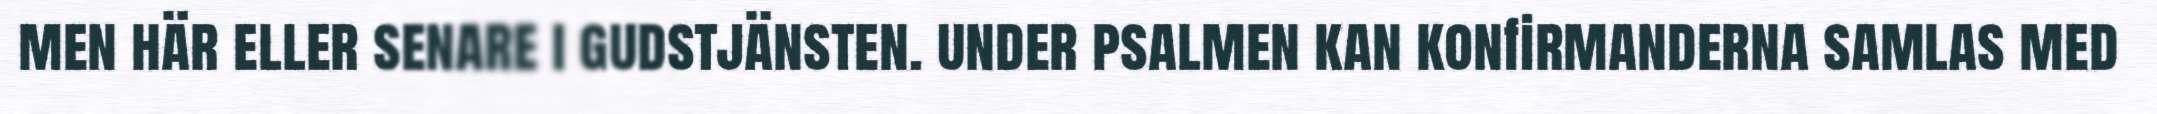
men här eller senare i gudstjänsten. under psalmen kan konfirmanderna samlas med